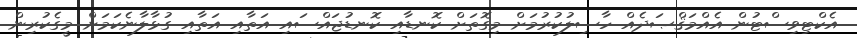
އެކްޓިވިސްޓުން އެއްމަޤްޞަދެއް ހާސިލުކުރުމަށް މިގޮތަށް ކޮނޑާއި ކޮނޑުޖައްސައި އަތާއި އަތާއި ގުޅާލާނެކަމަށް މީގެކުރިން